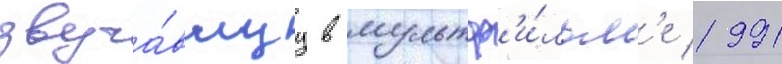
звуча́вшуу в мультф'и́льм'е 1991